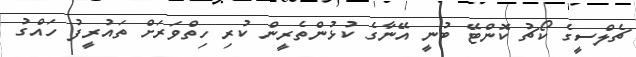
ޗެލްސީގެ ކޯޗު ކޮންޓޭ ބުނީ އޭނާގެ ކުޅުންތެރީން ކުރި ހިތްވަރަށް ތައުރީފު ހައްގު